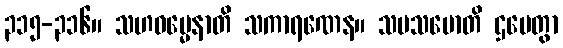
၃၁၅-၃၁၆။ သဟဓမ္မေနာတိ သကာရဏေန။ သမသမောတိ ဌပေတွာ